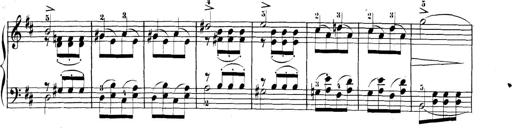
Title: 3 Sonatinen, Op.8
Composer: Isidor Wilhelm Seiss